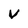
Character: V